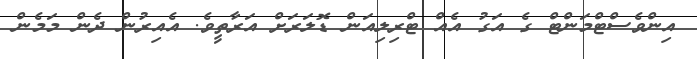
އިންވެސްޓްމަންޓް ގެ އަގު އެއް ޓްރިލިއަން ޑޮލަރަށް އަރާތީވެ. އެއިރުން ދެން މަމެން